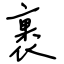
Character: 裹